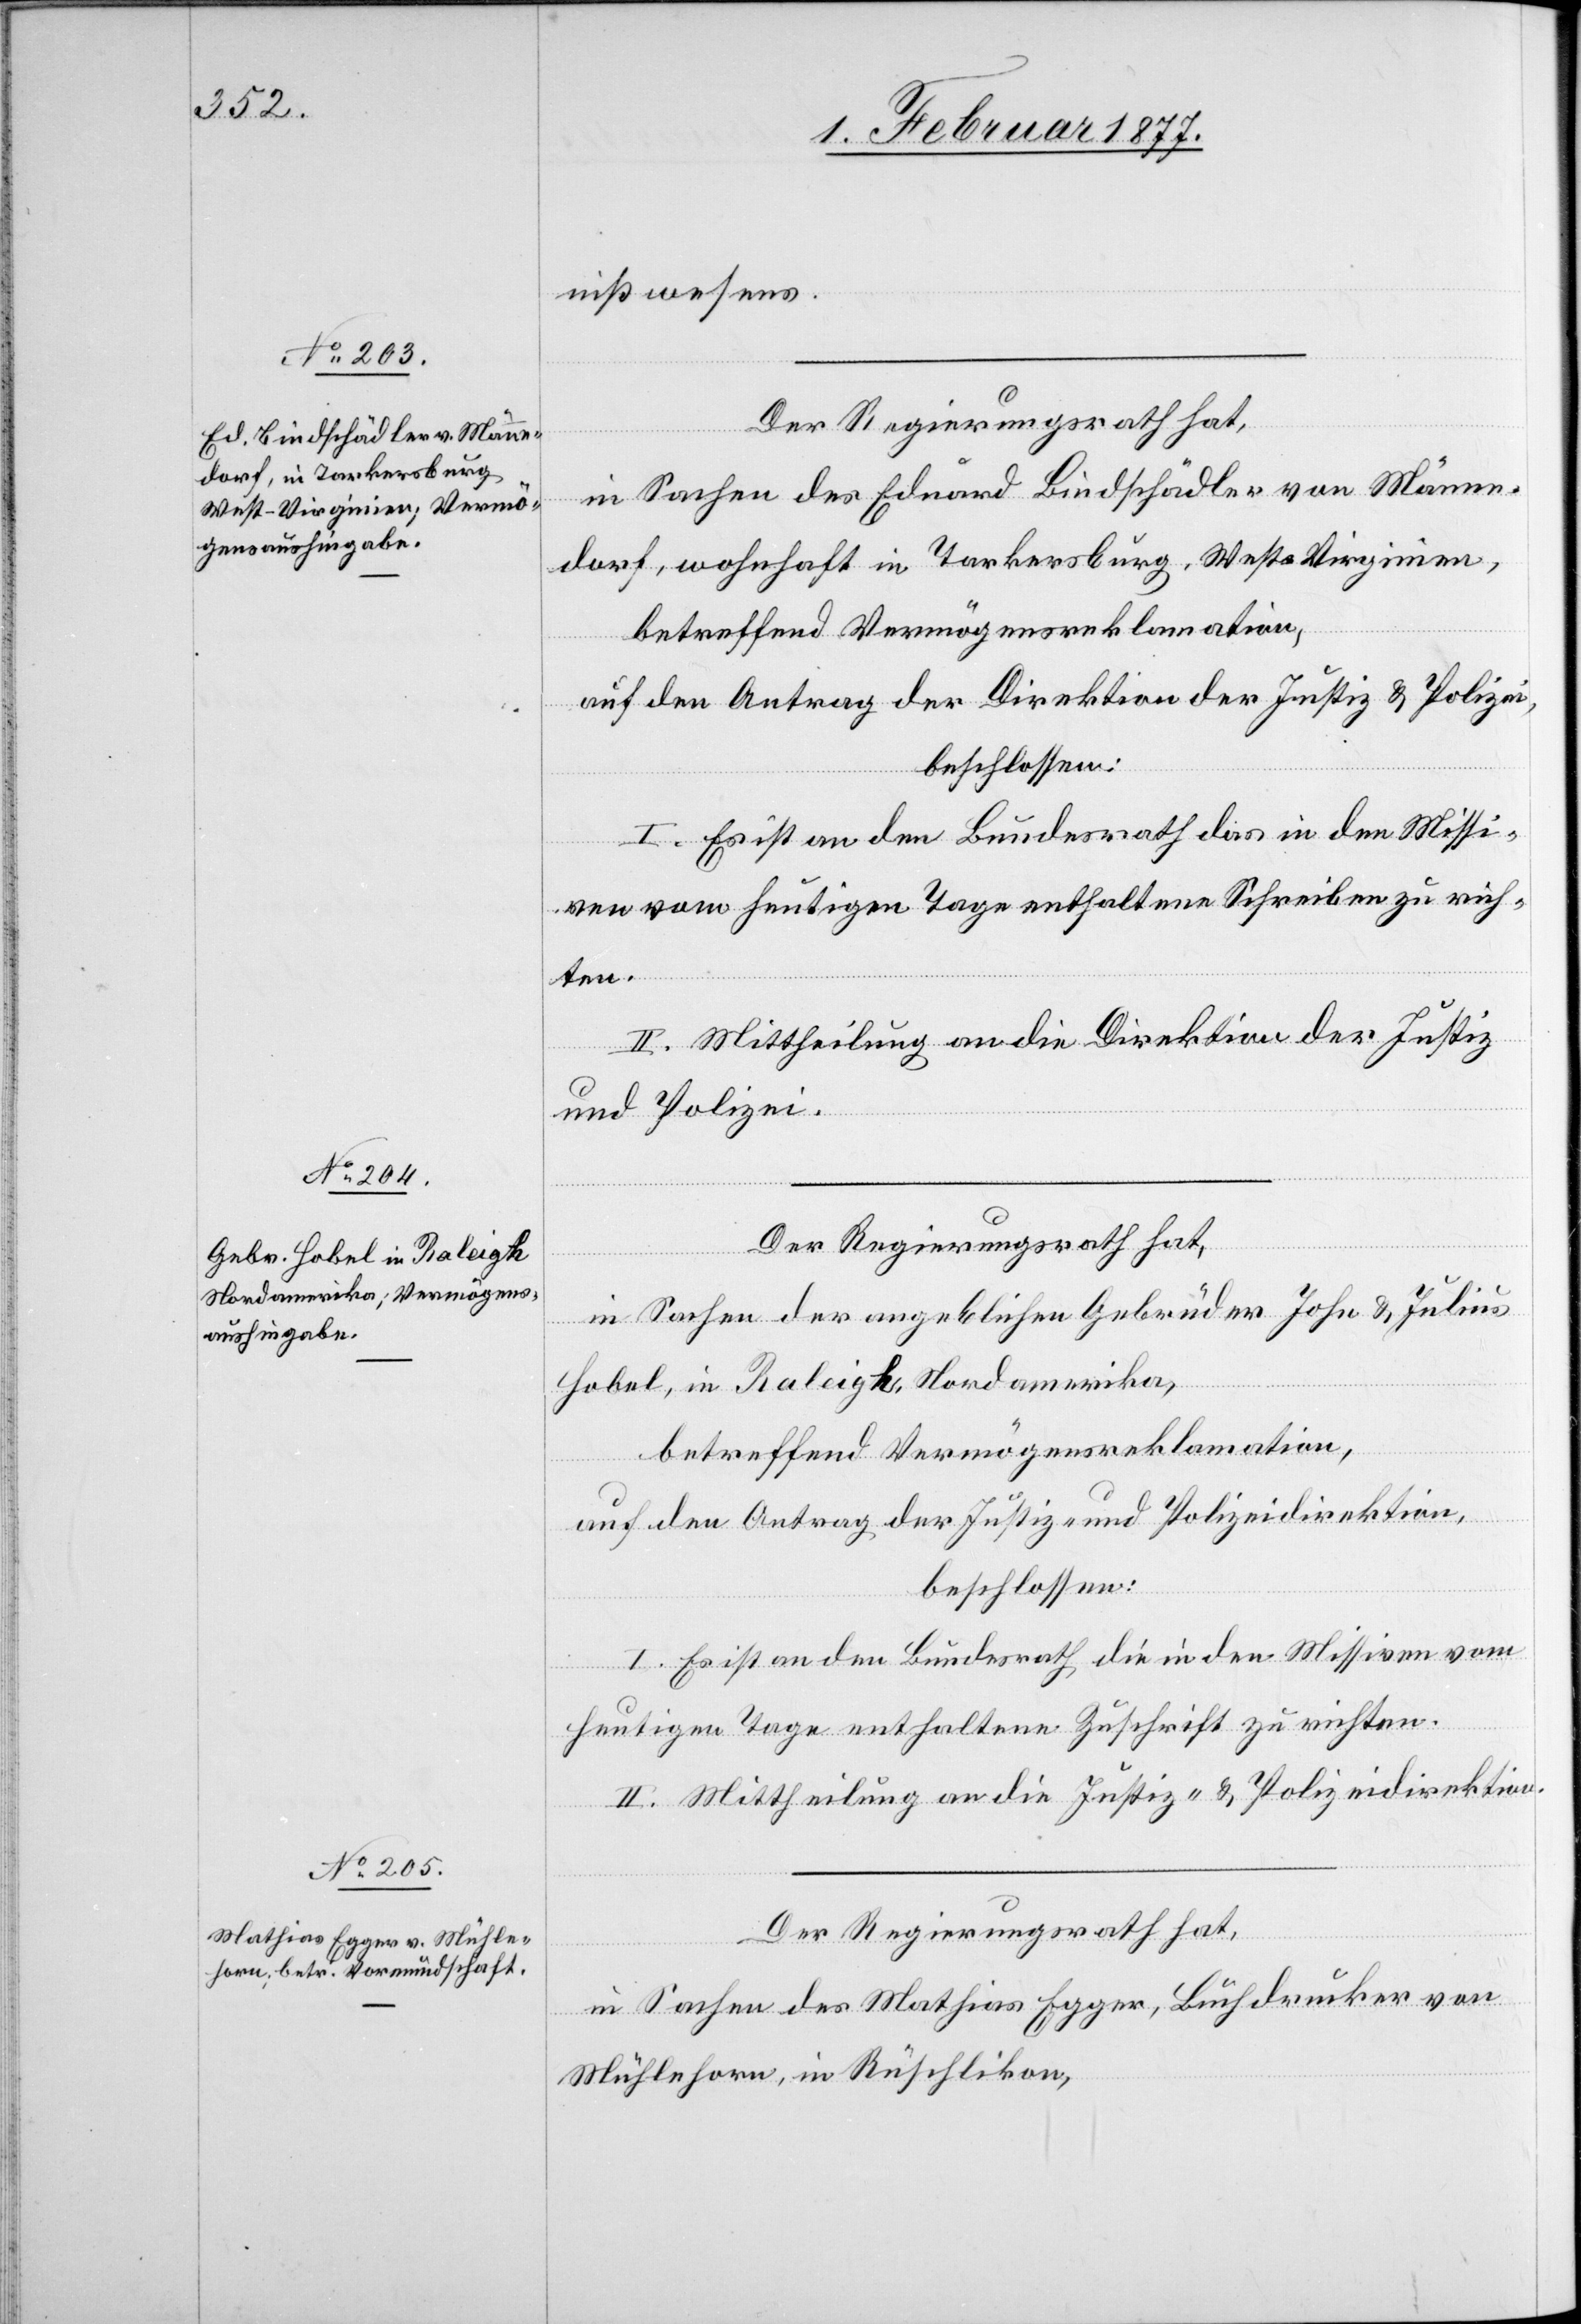
nißwesens.
Der Regierungsrath hat,
in Sachen des Eduard Bindschädler von Männe¬
dorf, wohnhaft in Tarkersburg, West-Virginien,
betreffend Vermögensreklamation,
auf den Antrag der Direktion der Justiz & Polizei,
beschlossen:
I. Es ist an den Bundesrath das in den Missi¬
ven vom heutigen Tage enthaltene Schreiben zu rich¬
ten.
II. Mittheilung an die Direktion der Justiz
und Polizei.
Der Regierungsrath hat,
in Sachen der angeblichen Gebrüder John & Julius
Hobel, in Raleigh, Nordamerika,
betreffend Vermögensreklamation,
auf den Antrag der Justiz- und Polizeidirektion,
beschlossen:
I. Es ist an den Bundesrath die in den Missiven vom
heutigen Tage enthaltene Zuschrift zu richten.
II. Mittheilung an die Justiz- & Polizeidirektion.
Der Regierungsrath hat,
in Sachen des Mathias Egger, Buchdrucker von
Mühlehorn, in Rüschlikon,